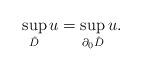
LaTeX: \begin{align*}\sup_{\hat{D}}u=\sup_{\partial_{0}\hat{D}}u.\end{align*}